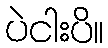
ပဲငါးပိ။